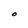
Character: O